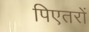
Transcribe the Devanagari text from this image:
पिएतरों